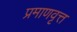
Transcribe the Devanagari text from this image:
प्रमाणवृत्त